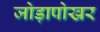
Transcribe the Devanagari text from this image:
जोड़ापोखर